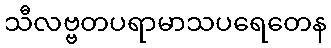
သီလဗ္ဗတပရာမာသပရေတေန